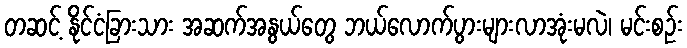
တဆင့် နိုင်ငံခြားသား အဆက်အနွယ်တွေ ဘယ်လောက်ပွားများလာအုံးမလဲ၊ မင်းစဉ်း